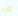
هو